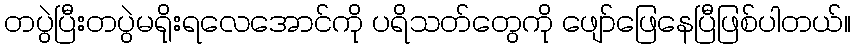
တပွဲပြီးတပွဲမရိုးရလေအောင်ကို ပရိသတ်တွေကို ဖျော်ဖြေနေပြီဖြစ်ပါတယ်။